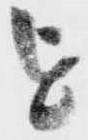
を